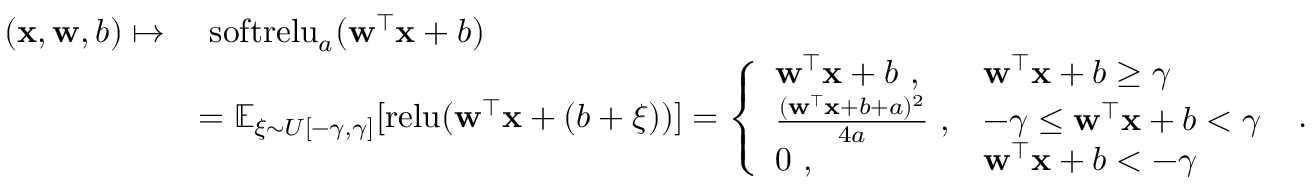
\begin{array} { r l } { ( \mathbf x , \mathbf w , b ) \mapsto } & { ~ \mathrm { s o f t r e l u } _ { a } ( \mathbf w ^ { \top } \mathbf x + b ) } \\ & { = \mathbb { E } _ { \xi \sim U [ - \gamma , \gamma ] } [ \mathrm { r e l u } ( \mathbf w ^ { \top } \mathbf x + ( b + \xi ) ) ] = \left\{ \begin{array} { l l } { \mathbf w ^ { \top } \mathbf x + b ~ , } & { \mathbf w ^ { \top } \mathbf x + b \geq \gamma } \\ { \frac { ( \mathbf w ^ { \top } \mathbf x + b + a ) ^ { 2 } } { 4 a } ~ , } & { - \gamma \leq \mathbf w ^ { \top } \mathbf x + b < \gamma } \\ { 0 ~ , } & { \mathbf w ^ { \top } \mathbf x + b < - \gamma } \end{array} \right. ~ . } \end{array}